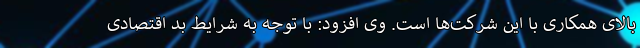
بالای همکاری با این شرکت‌ها است. وی افزود: با توجه به شرایط بد اقتصادی